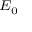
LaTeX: \scriptstyle { E _ { 0 } }